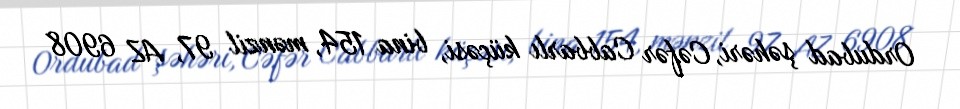
Ordubad şəhəri, Cəfər Cabbarlı küçəsi, bina 154, mənzil 97, AZ 6908